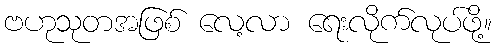
ဗဟုသုတအဖြစ် လေ့လာ ရေးလိုက်လုပ်ဖို့။